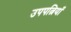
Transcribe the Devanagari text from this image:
उपपत्नियाँ